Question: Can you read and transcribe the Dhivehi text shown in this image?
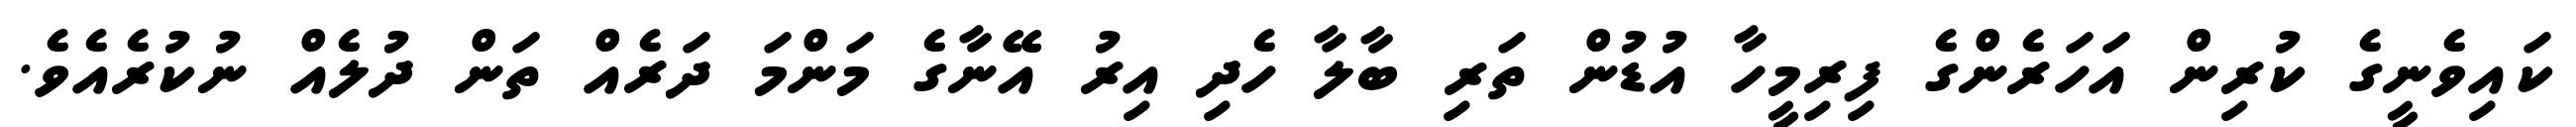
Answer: ކައިވެނީގެ ކުރިން އަހަރެންގެ ފިރިމީހާ އުޑުން ތަރި ބާލާ ހެދި އިރު އޭނާގެ މަންމަ ދަރެއް ތަން ދުލެއް ނުކުރެއެވެ.